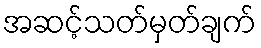
အဆင့်သတ်မှတ်ချက်